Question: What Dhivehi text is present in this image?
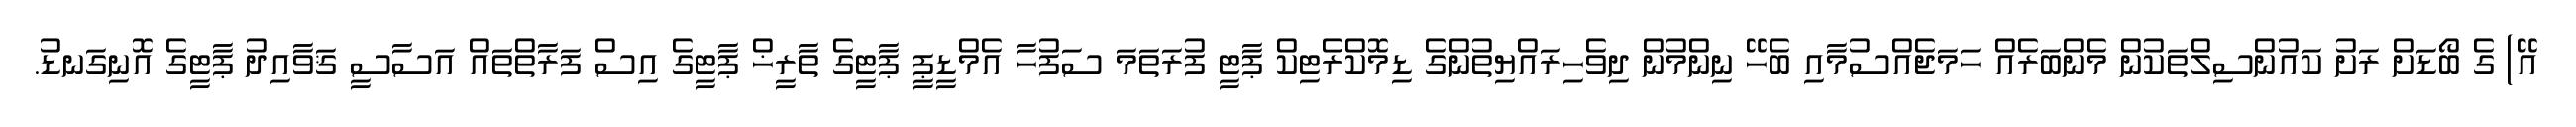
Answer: އޭ) ގެ ބޯޑަށް ރަށު ކައުންސިލްތަކުން މެންބަރެއް ހަމަޖެއްސުމާއި ބެހޭ ނިންމުން ދިވެހިރައްޔިތުންގެ ޑިމޮކްރެޓިކް ޕާޓީ ފުރަތަމަ ސަފުހާ އެމްޑީޕީ ޕާޓީގެ ތާރީޚް ޕާޓީގެ އިސް ފަރާތްތައް އަސާސީ ޤަވާއިދު ޕާޓީގެ އޮނިގަނޑު.